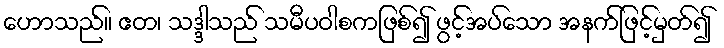
ဟောသည်။ ဧတ၊ သဒ္ဒါသည် သမီပဝါစကဖြစ်၍ ဖွင့်အပ်သော အနက်ဖြင့်မှတ်၍